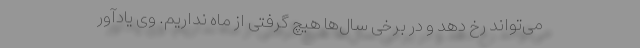
می‌تواند رخ دهد و در برخی سال‌ها هیچ گرفتی از ماه نداریم. وی یادآور